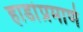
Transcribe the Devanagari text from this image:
हाडांप्रमाणे